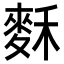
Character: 𪌗